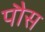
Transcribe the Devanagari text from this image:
पौस